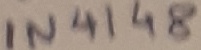
Text: IN4148